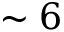
\sim 6